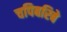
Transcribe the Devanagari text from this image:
चपिबरिबे